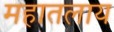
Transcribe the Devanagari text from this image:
महातलाय